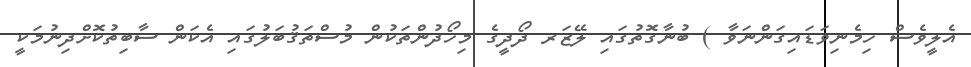
އެލީވެސް ހިމެނިވަޑައިގަންނަވާ ) ބުނާގޮތުގައި ލޭޒަރ ދޯދީގެ މިހޯދުންތަކުން މުސްތަޤުބަލުގައި އެކަން ސާބިތުކޮށްދިނުމަކީ